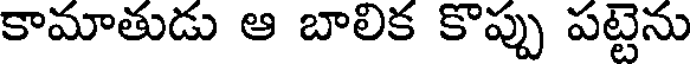
కామాతుడు ఆ బాలిక కొప్పు పట్టెను